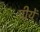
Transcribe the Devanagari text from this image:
पीयें